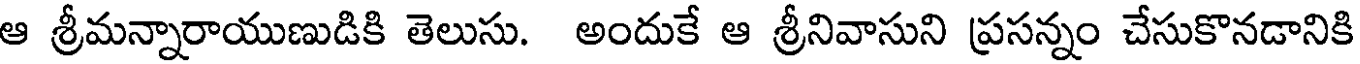
ఆ శ్రీమన్నారాయుణుడికి తెలుసు. అందుకే ఆ శ్రీనివాసుని ప్రసన్నం చేసుకొనడానికి